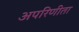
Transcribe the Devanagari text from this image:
अपरिणीता